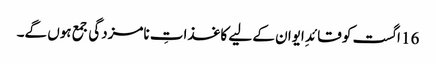
16 اگست کو قائدِ ایوان کے لیے کاغذاتِ نامزدگی جمع ہوں گے۔